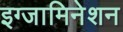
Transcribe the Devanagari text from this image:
इग्जामिनेशन